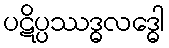
ပဋိပ္ပဿဒ္ဓလဒ္ဓေါ